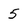
Character: 5